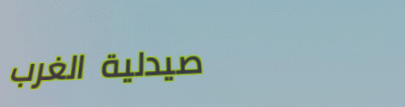
صيدلية الغرب